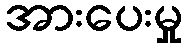
အားပေးမှု